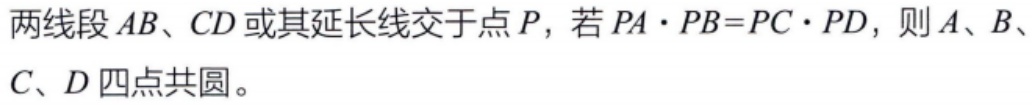
两线段\(AB、CD\)或其延长线交于点\(P\)，若\(PA\cdot PB = PC\cdot PD\)，则\(A、B、C、D\)四点共圆。